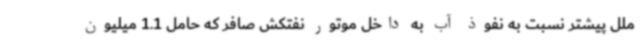
ملل پیشتر نسبت به نفوذ آب به داخل موتور نفتکش صافر که حامل 1.1 میلیون